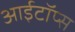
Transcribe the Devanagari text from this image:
आईटॉप्स